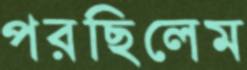
পরছিলেম